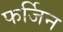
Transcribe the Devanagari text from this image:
फर्जिन